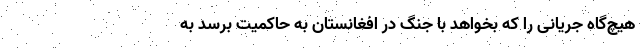
هیچ‌گاه جریانی را که بخواهد با جنگ در افغانستان به حاکمیت برسد به